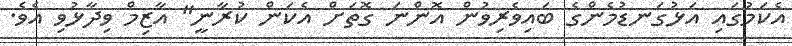
އެކަމުގައި އަޅުގަނޑުމެންގެ ބައިވެރިވުން އޮންނަ ގޮތަށް އެކަން ކުރާނީ" އާޒިމް ވިދާޅުވި އެވެ.